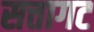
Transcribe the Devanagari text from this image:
सत्तागट